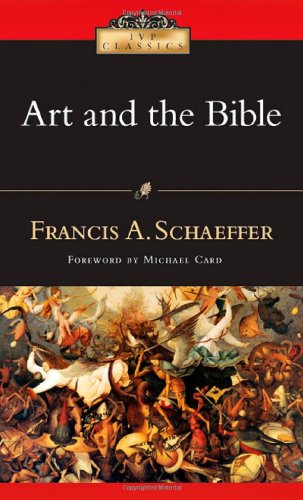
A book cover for Art and the Bible (IVP Classics); Francis A. Schaeffer; Arts & Photography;